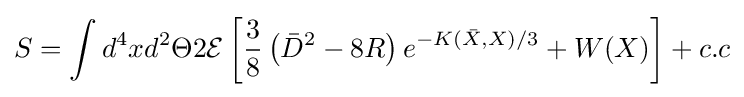
S=\int d^{4}xd^{2}\Theta 2{\mathcal {E}}\left[{\frac {3}{8}}\left({\bar {D}}^{2}-8R\right)e^{-K({\bar {X}},X)/3}+W(X)\right]+c.c